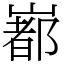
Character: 𡼞